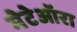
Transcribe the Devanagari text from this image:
मेटेऑरा